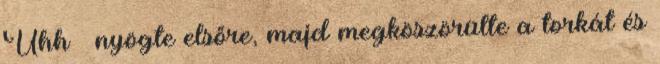
Uhh – nyögte elsőre, majd megköszörülte a torkát és